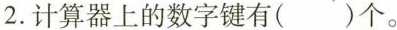
2.计算器上的数字键有（）个。